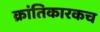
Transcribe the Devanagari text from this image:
क्रांतिकारकच